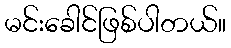
မင်းခေါင်ဖြစ်ပါတယ်။